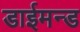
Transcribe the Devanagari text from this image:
डाईमन्ड